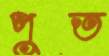
পুত